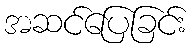
အဆင်ပြေခြင်း